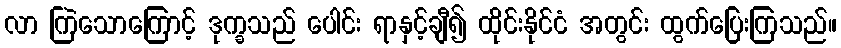
လာ ကြဲသောကြောင့် ဒုက္ခသည် ပေါင်း ရာနှင့်ချီ၍ ထိုင်းနိုင်ငံ အတွင်း ထွက်ပြေးကြသည်။